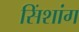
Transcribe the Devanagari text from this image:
सिंशांग